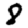
Digit: 8